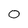
Character: 0